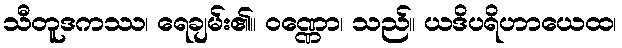
သီတူဒကဿ၊ ရေချမ်း၏။ ဝဏ္ဏော၊ သည်။ ယဒိပရိဟာယေထ၊